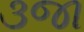
૩જા